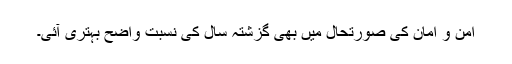
امن و امان کی صورتحال میں بھی گزشتہ سال کی نسبت واضح بہتری آئی۔